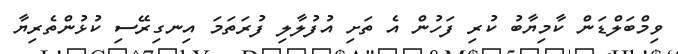
ވިމްބަލްޑަން ކާމިޔާބު ކުރި ފަހުން އެ ތަށި އުފުލާލި ފުރަތަމަ އިނގިރޭސި ކުޅުންތެރިޔާ